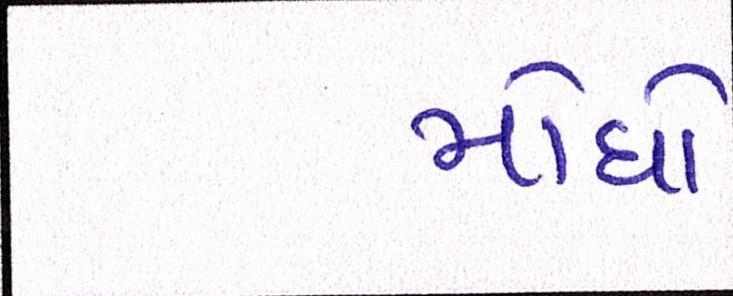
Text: મોંઘો